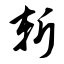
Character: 斩